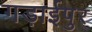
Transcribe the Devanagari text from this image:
गड़ाईपुर